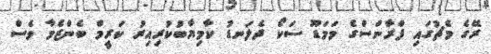
ރޭގެ މެޗުގައި ފްރާންސްގެ މަމަޑޫ ސަކޯ ދެލަނޑު ކާމިޔާބުކުރިއިރު ކަރީމް ބެންޒެމާ ވެސް